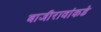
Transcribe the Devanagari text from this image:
बाजीरावांकडे